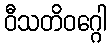
ဝီသတိဝဂ္ဂေါ